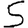
Digit: 5